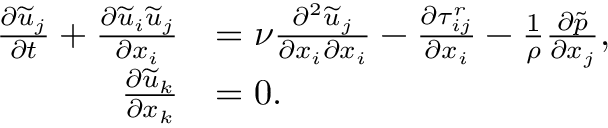
\begin{array} { r l } { \frac { \partial \widetilde { u } _ { j } } { \partial t } + \frac { \partial \widetilde { u } _ { i } \widetilde { u } _ { j } } { \partial x _ { i } } } & { = \nu \frac { \partial ^ { 2 } \widetilde { u } _ { j } } { \partial x _ { i } \partial x _ { i } } - \frac { \partial \tau _ { i j } ^ { r } } { \partial x _ { i } } - \frac { 1 } { \rho } \frac { \partial \widetilde { p } } { \partial x _ { j } } , } \\ { \frac { \partial \widetilde { u } _ { k } } { \partial x _ { k } } } & { = 0 . } \end{array}